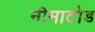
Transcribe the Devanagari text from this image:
नीमाटोड